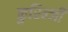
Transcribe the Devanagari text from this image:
कुरिन्‍जी